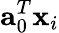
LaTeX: {\mathbf{a}}_{0}^{T}{\mathbf{x}}_{i}